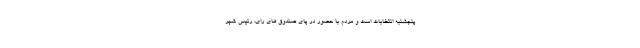
پنجشنبه انتخابات است و مردم با حضور در پای صندوق های رای، رئیس شهر